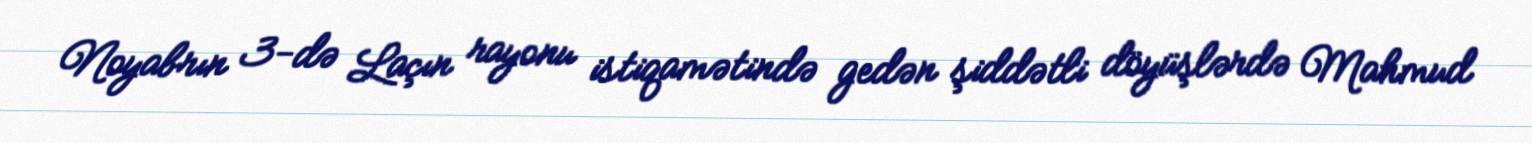
Noyabrın 3-də Laçın rayonu istiqamətində gedən şiddətli döyüşlərdə Mahmud